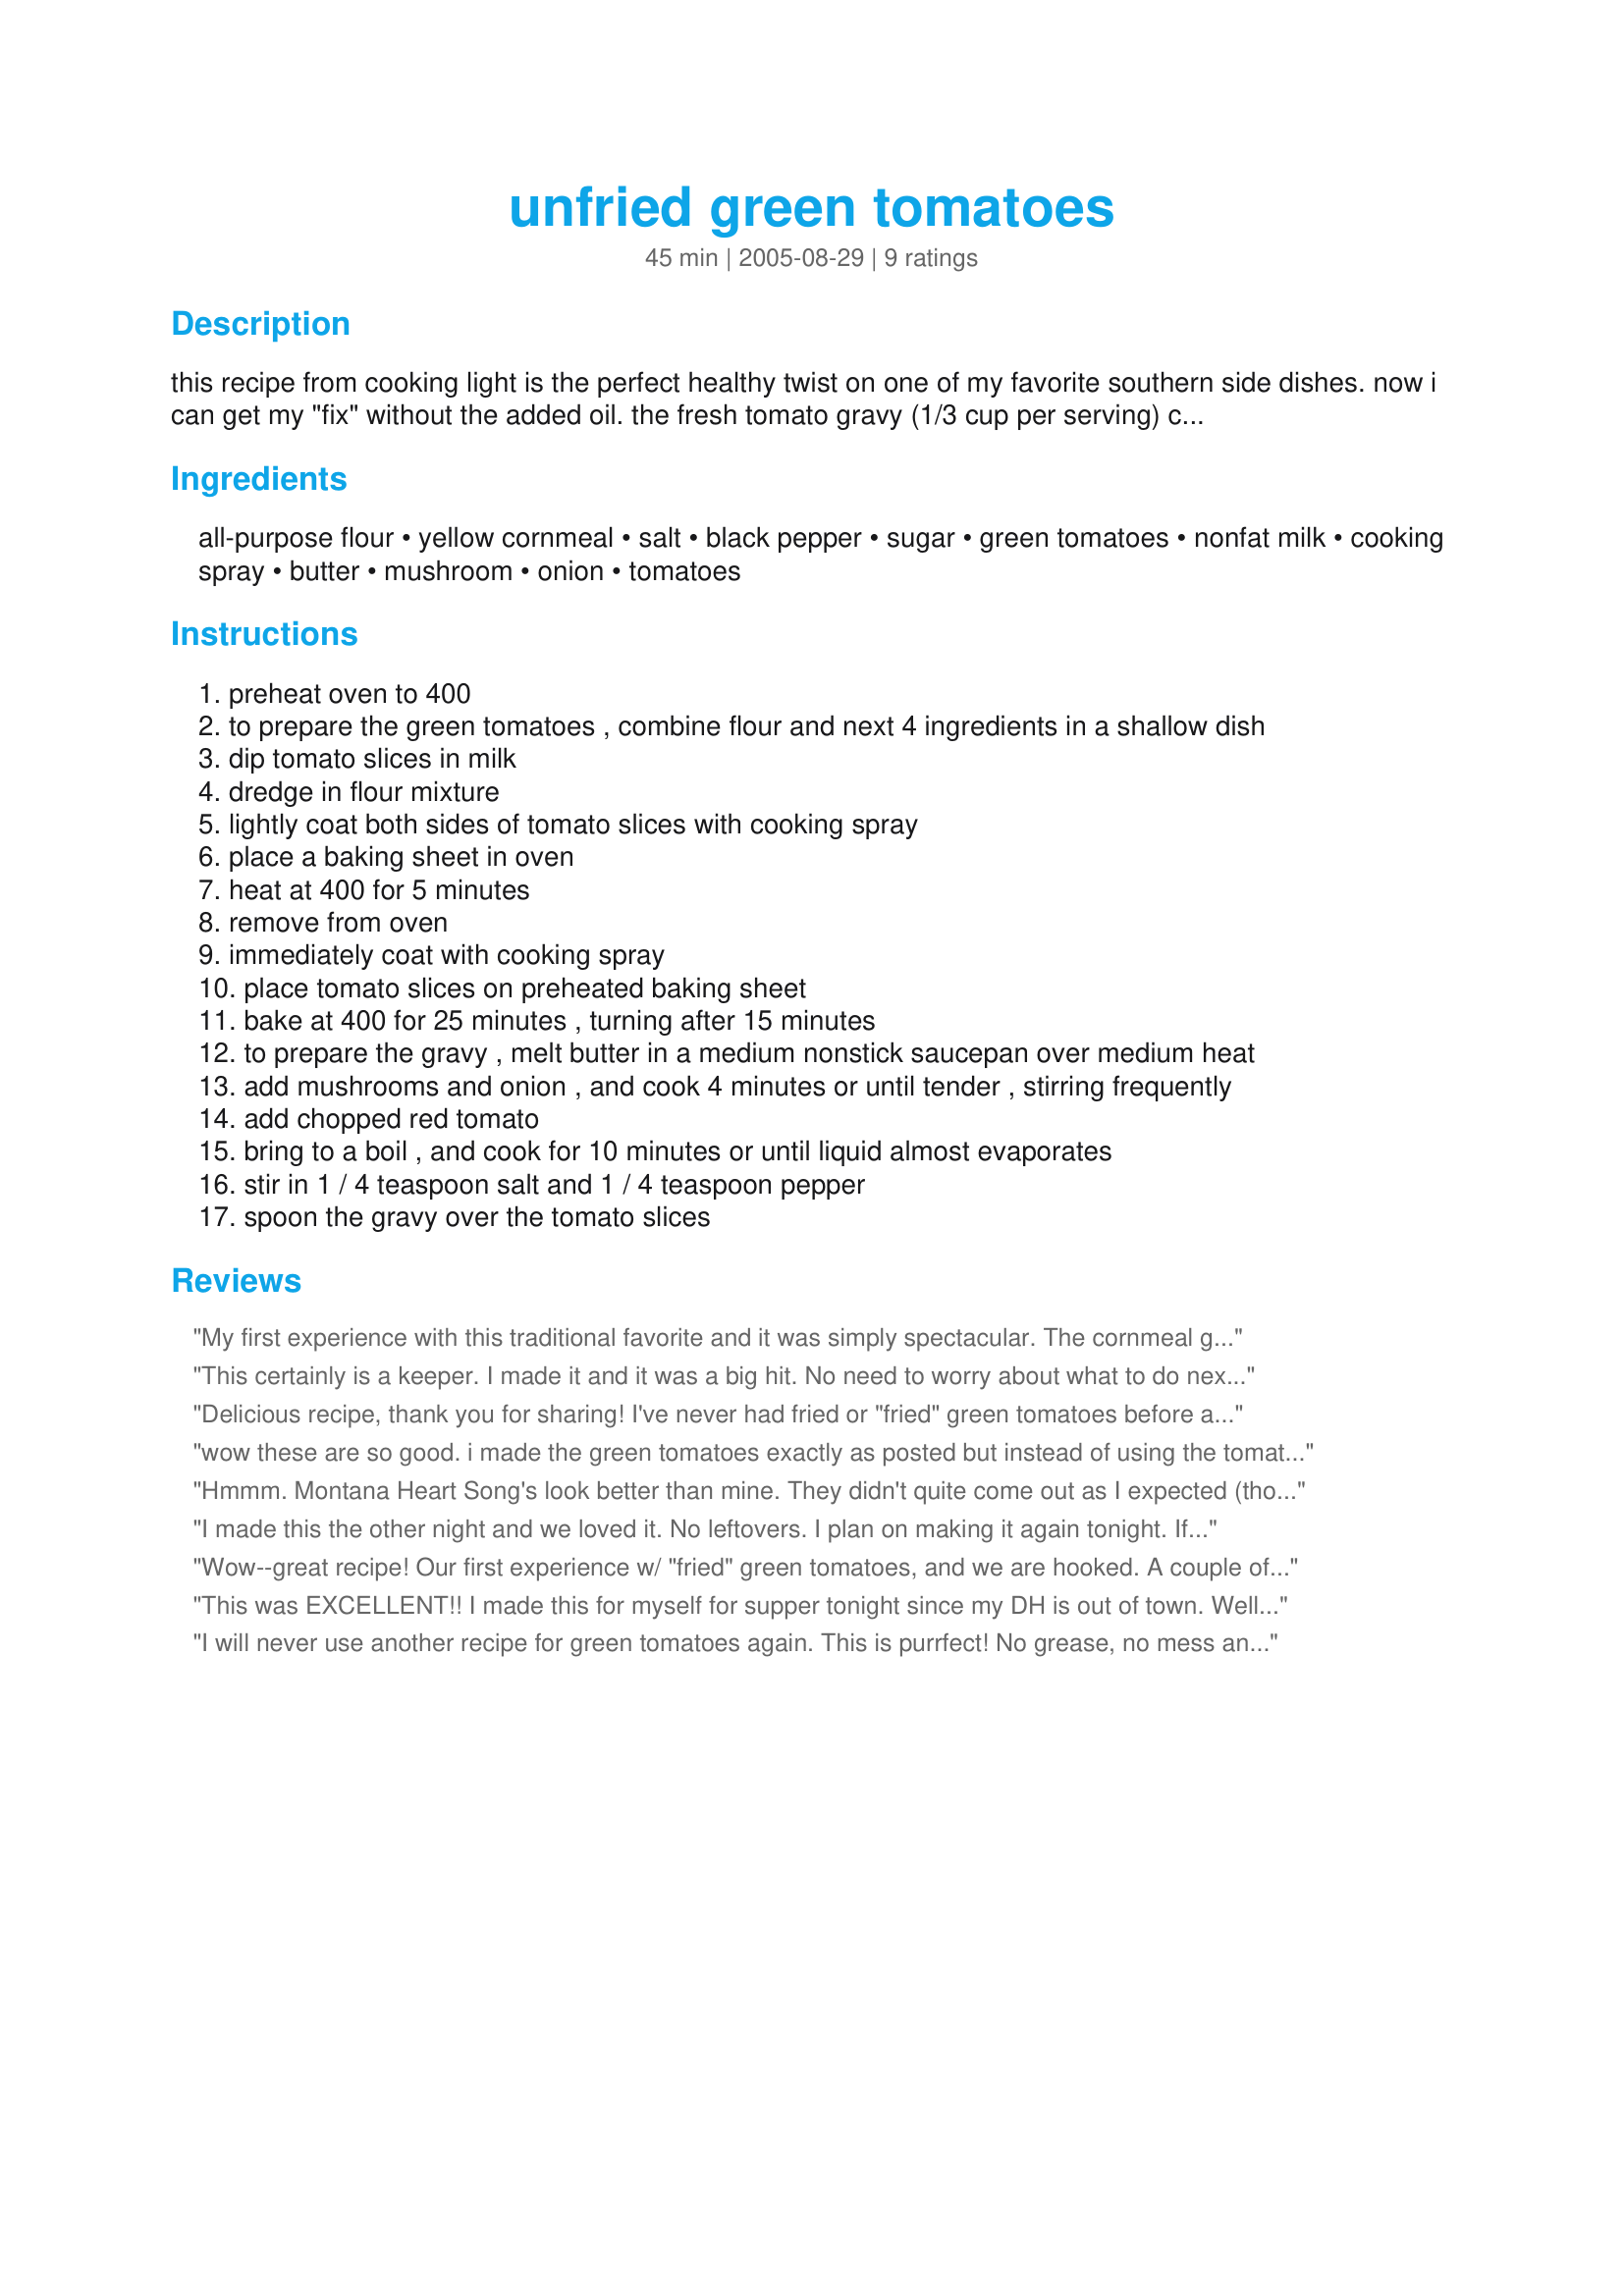
unfried green tomatoes
Preparation time: 45 minutes

this recipe from cooking light is the perfect healthy twist on one of my favorite southern side dishes. now i can get my "fix" without the added oil. the fresh tomato gravy (1/3 cup per serving) can also be used on baked chicken, pork or fish.

Ingredients:
all-purpose flour, yellow cornmeal, salt, black pepper, sugar, green tomatoes, nonfat milk, cooking spray, butter, mushroom, onion, tomatoes

Steps:
preheat oven to 400
to prepare the green tomatoes , combine flour and next 4 ingredients in a shallow dish
dip tomato slices in milk
dredge in flour mixture
lightly coat both sides of tomato slices with cooking spray
place a baking sheet in oven
heat at 400 for 5 minutes
remove from oven
immediately coat with cooking spray
place tomato slices on preheated baking sheet
bake at 400 for 25 minutes , turning after 15 minutes
to prepare the gravy , melt butter in a medium nonstick saucepan over medium heat
add mushrooms and onion , and cook 4 minutes or until tender , stirring frequently
add chopped red tomato
bring to a boil , and cook for 10 minutes or until liquid almost evaporates
stir in 1 / 4 teaspoon salt and 1 / 4 teaspoon pepper
spoon the gravy over the tomato slices

Reviews:
My first experience with this traditional favorite and it was simply spectacular. The cornmeal gave the tomatoes a nice crispy crust. For the tomato gravy, I replaced the butter with 2 teaspoons of olive oil and used a little broth initially to keep it moist. Thanks!
This certainly is a keeper. I made it and it was a big hit. No need to worry about what to do next year when I have green tomatoes - I'm all set with this recipe. Thanks again for sharing it with us.
Delicious recipe, thank you for sharing! I've never had fried or "fried" green tomatoes before and this was very tasty.
wow these are so good. i made the green tomatoes exactly as posted but instead of using the tomato gravy, i sprinkled them with crumbled goat cheese. it sounds like a weird combination, but in the part of FL where i live and in PA where i used to live that is how they are served. i highly recommend this recipe, try with the goat cheese and next i might try it with the tomato gravy
Hmmm. Montana Heart Song's look better than mine. They didn't quite come out as I expected (though, admittedly, in my previous experience with green tomatoes, they have been actually fried and, of course, these are not.) But my husband said they were awesome. So I will try these again and try to do a better job. The sauce was quite good and went well with my mac n' cheese. Reviewed for Healthy Choices ABC tag.
I made this the other night and we loved it. No leftovers. I plan on making it again tonight.

If I had known about this recipe I would have picked green tomatoes all year.

Thanks so much. Wonderful taste, without all the fat. Right up my alley.

mollywally
Wow--great recipe! Our first experience w/ "fried" green tomatoes, and we are hooked. A couple of suggestions: Start the gravy early. It took a long time--at least 30 minutes--for the liquid to cook out of ours. (But when it did, it was worth the wait.) Also, we baked them as per recipe, but for added crunch, broiled them on each side for a couple of minutes or so. We strongly recommend this recipe--one of the best summer vegetable dishes we've had.
This was EXCELLENT!! I made this for myself for supper tonight since my DH is out of town. Well, I think I finally found a way that my DH will eat green tomatoes. I will definitely be making this again. I am going to use another recipe here on Zaar for canned green tomatoes so I can have this in the winter as well. Thanks for sharing.
I will never use another recipe for green tomatoes again. This is purrfect! No grease, no mess and the taste is out of this world!I just had to try this tonight! I added a packet of Splenda and used more flour and cornmeal so it wouldn't be too sweet. I used my own recipe for tomato mushroom gravy. I made enough to have over mashed potatoes tomorrow night!Thank you Ce Ce!
